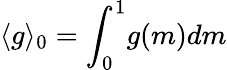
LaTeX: \langle g\rangle_{0}=\int_{0}^{1}\! g(m)dm